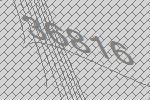
36816